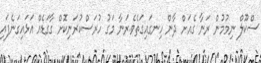
ސްކޫލް ނިމުމުން ރަނާާ ގެއަށް ދާން ހިނގައިގަތެވެ.ރަނާ މަގުު ހުރަސްކުރަނިކޮށް ގާގަޑެއް އަޅައިގަނެފައި